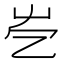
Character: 𡴄